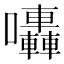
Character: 𡆀